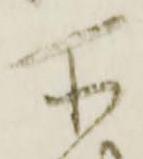
所